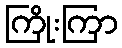
ကြိုးကြာ